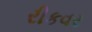
રીકવર